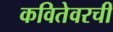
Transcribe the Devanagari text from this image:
कवितेवरची